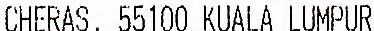
CHERAS, 55100 KUALA LUMPUR